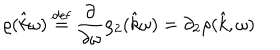
\varrho ( \hat { k } \omega ) \stackrel { \mathrm { d e f } } { = } \frac { \partial } { \partial \omega } \rho _ { 2 } ( \hat { k } \omega ) = \partial _ { 2 } \rho ( \hat { k } , \omega )